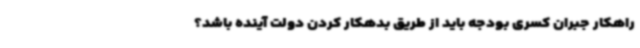
راهکار جبران کسری بودجه باید از طریق بدهکار کردن دولت آینده باشد؟